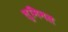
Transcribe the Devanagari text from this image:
लुमिनल